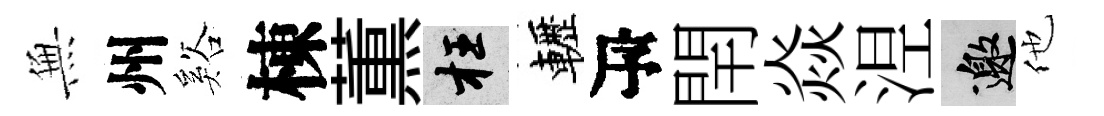
𭴾州谿棟薫枉轣瓴閈焱𣵀邀他